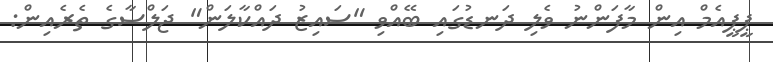
ޕީޕީއެމް އިން މާފަންނު ވެލި ދަނޑުގައި ބޭއްވި "ސައިޒު ދައްކާލަން" ޖަލްސާގެ ތެރެއިން: